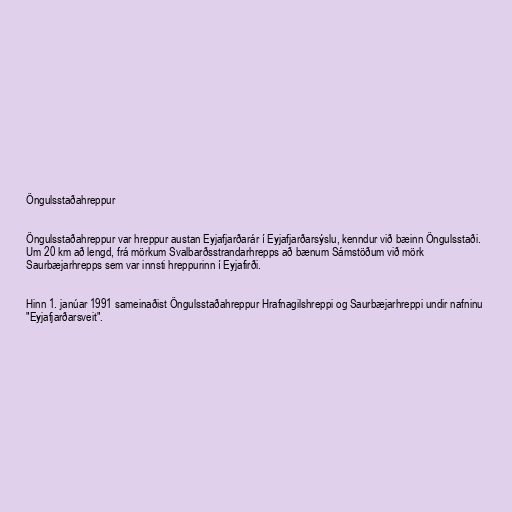
Öngulsstaðahreppur

Öngulsstaðahreppur var hreppur austan Eyjafjarðarár í Eyjafjarðarsýslu, kenndur við bæinn Öngulsstaði.
Um 20 km að lengd, frá mörkum Svalbarðsstrandarhrepps að bænum Sámstöðum við mörk
Saurbæjarhrepps sem var innsti hreppurinn í Eyjafirði.

Hinn 1. janúar 1991 sameinaðist Öngulsstaðahreppur Hrafnagilshreppi og Saurbæjarhreppi undir nafninu
"Eyjafjarðarsveit".